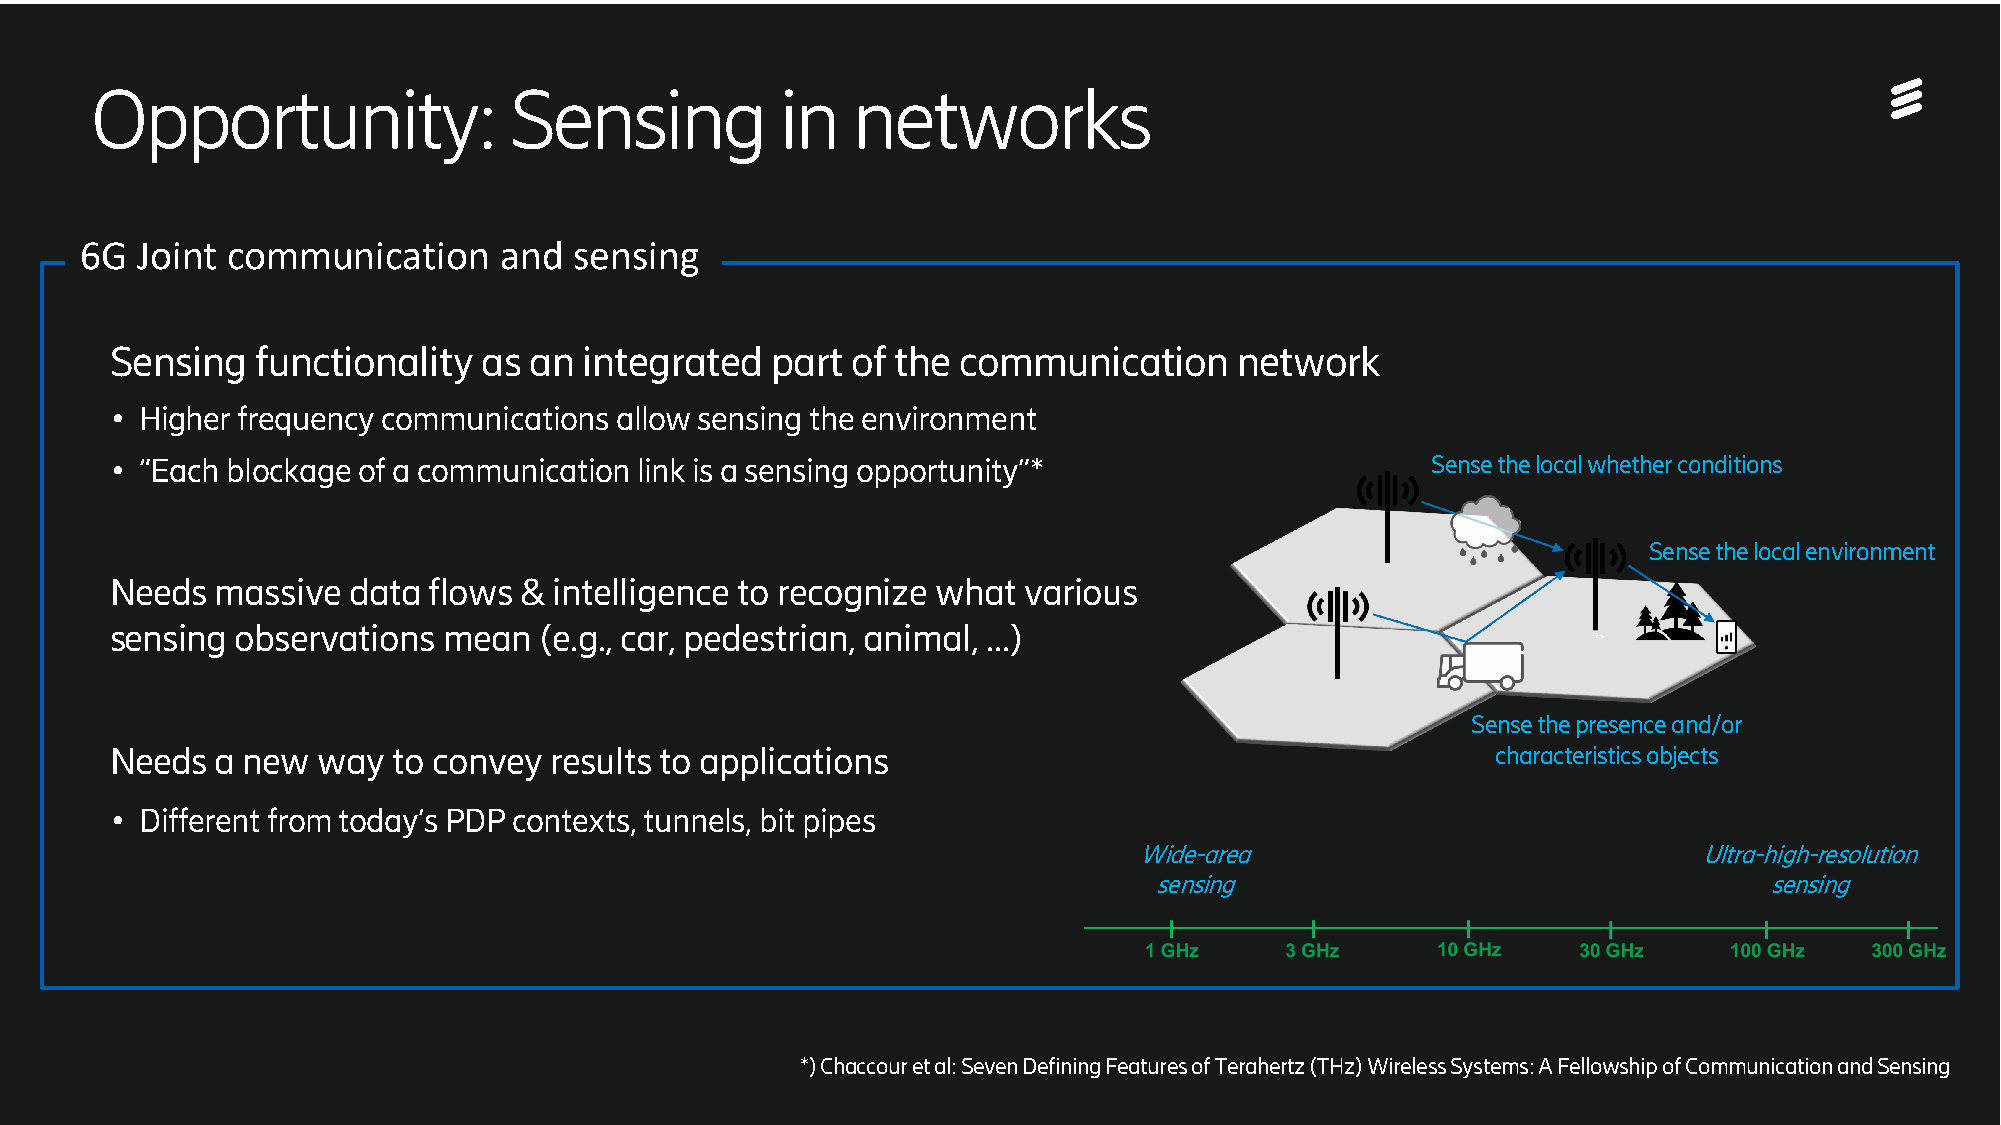
Opportunity:                Sensing           in  networks
 6G  Joint communication     and  sensing
 Sensing   functionality  as an  integrated  part of the communication      network
 ● Higher frequency communications allow sensing the environment
 ● “Each blockage of a communication link is a sensing opportunity”*                     Sense the local whether conditions
 Sense the local environment
 Needs  massive  data flows &  intelligence to recognize what various
 sensing  observations mean   (e.g., car, pedestrian, animal, …)
 Sense the presence and/or
 Needs  a new  way  to convey results to applications                                        characteristics objects
 ● Different from today’s PDP contexts, tunnels, bit pipes
 Wide-area                             Ultra-high-resolution
 sensing                                  sensing
 *) Chaccour et al: Seven Defining Features of Terahertz (THz) Wireless Systems: A Fellowship of Communication and Sensing
 | 2021-04-23 | Commercial in Confidence | Page 6